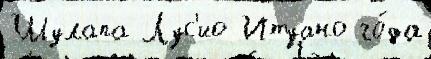
Шулапа Лус'ио Итуано го́да